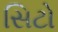
સિટો